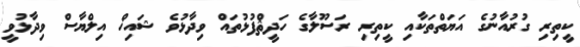
ކީތިރި ގުރުއާނުގެ އަޔަތްތަކާއި ކީތިރި ރަސޫލާގެ ހަދީޘްފުޅުތައް ވިދާޅުވެ ޝައިޚް އިލްޔާސް ވިދާޅުވީ